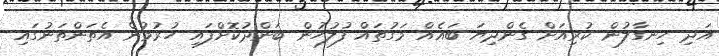
އަދި ހިނގާލުން ކުރިއަށް ގެންދިޔަ ބައެއް މަގުތައް ފުލުހުން ބަންދުކޮށްފައި ހުރުމުން އެތަންތަނުގައި